Problem: 17 + 13 = ?
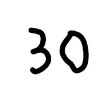
Handwritten answer: 30